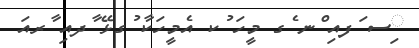
ިސ ަފއި ްނ ެގ މީހަ ުކ އެމީހަކާ ުގޅޭ ާދއި ާރއަ